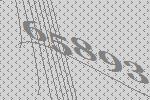
65893